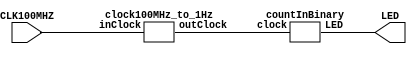
`timescale 1ns / 1ps

//binary Counter
module binaryCounter(
    input CLK100MHZ,
    output [7:0] LED
    );
    
    wire clockWire;  

    clock100MHz_to_1Hz  setClock(CLK100MHZ, clockWire);
    countInBinary countBin(clockWire, LED);

endmodule

//counting in binary 
module countInBinary(
    input clock,
    output[7:0] LED 
    );
    
    reg[7:0] ctr = 0;
    assign LED = ctr;
    
    always @ (posedge clock) begin
        if (ctr == 255) begin
            ctr <= 0;
        end else begin
            ctr <= ctr + 1;
        end
    end
    
endmodule


//100 MHz to 1 Hz
//27 bits needed since 100 MHz to 1 Hz is 100,000,000 cycles (log2(100,000,000) = 26.6)
module clock100MHz_to_1Hz(
    input inClock,
    output reg outClock
    );
    
    reg [26:0] ctr=0;
    
    always @ (posedge inClock) begin
        if(ctr==49_999_999) begin
            outClock <= 1'b0;
            ctr <= ctr + 1;            
        end else if(ctr==99_999_999) begin
            outClock <= 1'b1;
            ctr <= 0;
        end else begin
            ctr <= ctr + 1;
        end
    end
endmodule